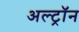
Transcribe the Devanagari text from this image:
अल्ट्राॅन